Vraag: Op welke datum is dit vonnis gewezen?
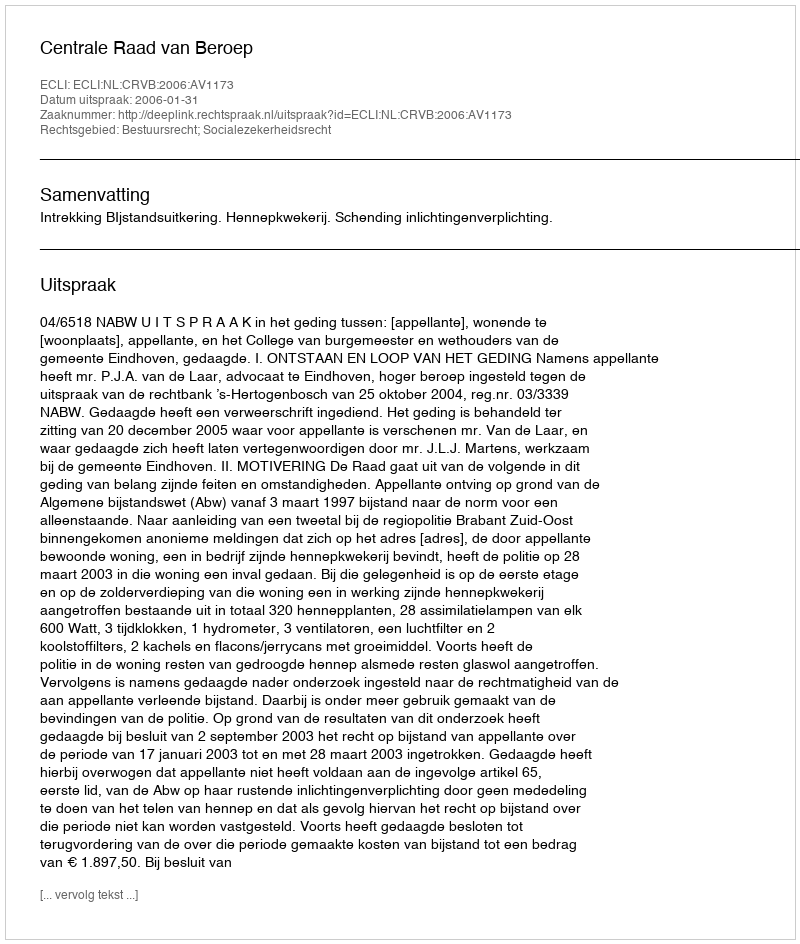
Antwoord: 2006-01-31